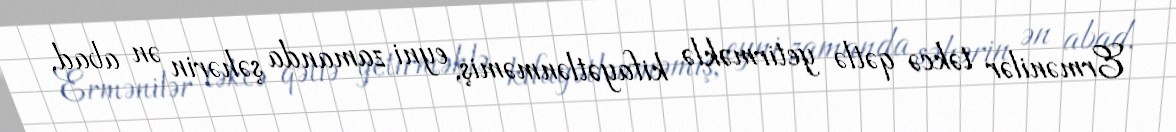
Ermənilər təkcə qətlə yetirməklə kifayətlənməmiş, eyni zamanda şəhərin ən abad,